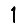
Digit: 1